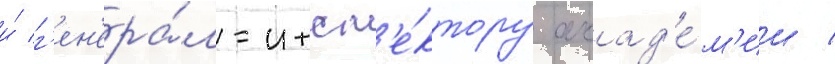
и́ г'ен'ера́л-инсп'е́ктору акад'е́м'ии /